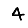
Digit: 4